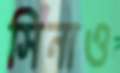
সিনাও